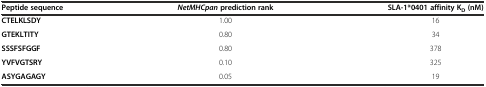
<table><thead><tr><td><b>Peptide sequence</b></td><td><b><i>NetMHCpan</i>prediction rank</b></td><td><b>SLA-1*0401 affinity K<sub>D</sub>(nM)</b></td></tr></thead><tbody><tr><td><b>CTELKLSDY</b></td><td>1.00</td><td>16</td></tr><tr><td><b>GTEKLTITY</b></td><td>0.80</td><td>34</td></tr><tr><td><b>SSSFSFGGF</b></td><td>0.80</td><td>378</td></tr><tr><td><b>YVFVGTSRY</b></td><td>0.10</td><td>325</td></tr><tr><td><b>ASYGAGAGY</b></td><td>0.05</td><td>19</td></tr></tbody></table>